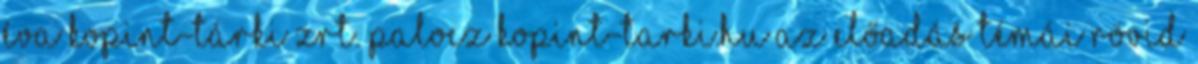
Éva KOPINT-TÁRKI Zrt. palocz kopint-tarki.hu Az előadás témái Rövid